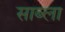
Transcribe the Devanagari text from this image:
साब्ला